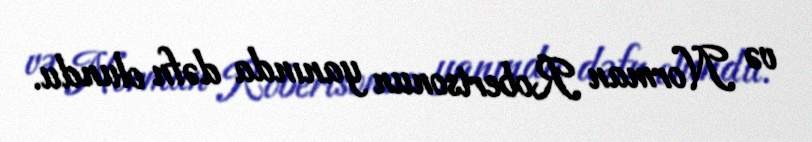
və Norman Robertsonun yanında dəfn olundu.